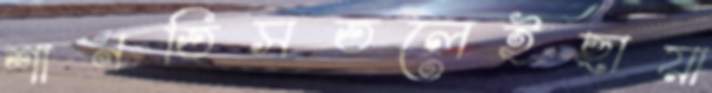
শানতিসতলেইছায়া